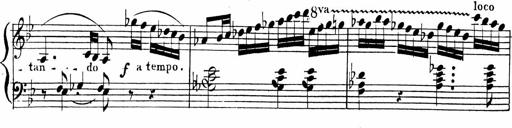
Title: 2 Piano Sonatinas
Composer: Ferdinand Ries